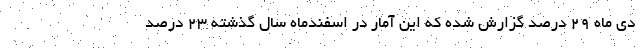
دی ماه ۲۹ درصد گزارش شده که این آمار در اسفندماه سال گذشته ۲۳ درصد